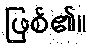
ဖြစ်၏။